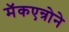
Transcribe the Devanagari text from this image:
मॅकएन्रोने